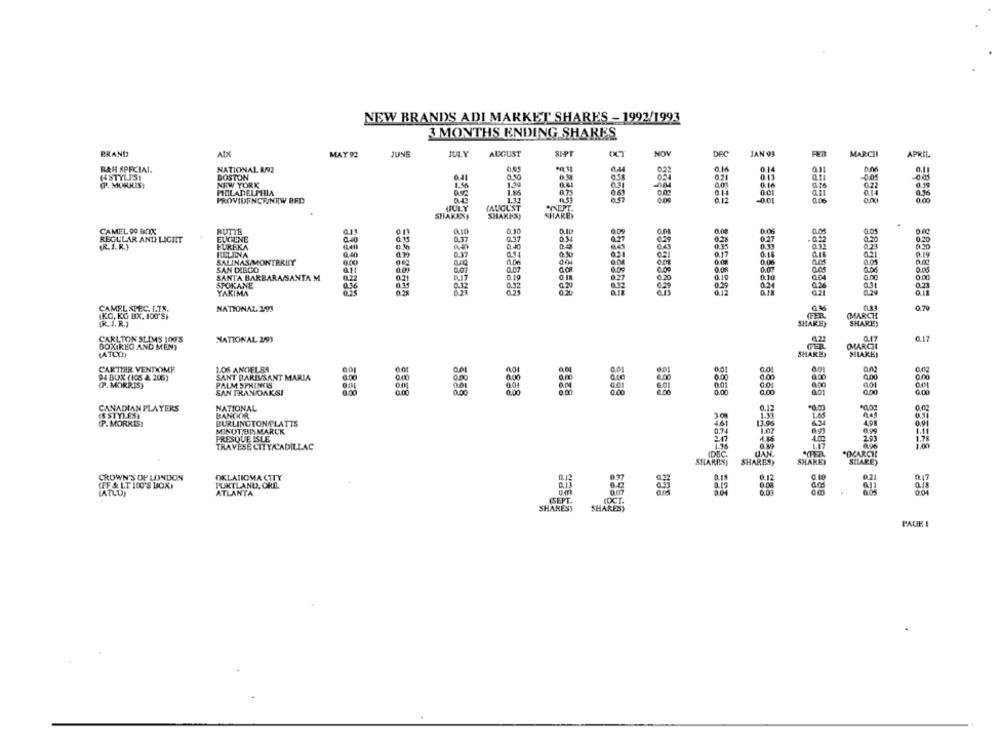
NEW BRANDS ADI MARKET SHARES - 1992/1993
3 MONTHS ENDING SHARES
SIPT
BRAND
MAY 92
JUNE
AUGUST
NOWV
DEC
JAN 93
MARCHI
APRIL
RAH SPECIAL.
NATIONAL AZ
0.22
0.14
0.14
0.11
"STYLIST
DOSTON
(P. MORKIS)
NEW YORK
1.34
at6
PHILADELPHIA
0.75
0.01
ait
PROVIDENCE/NRW RFD
1.32
5 38585
0.12
-0.01
JULY
(AUGUST
SHARKNY
SHAKES)
SHARES
CAMEL 00 BOX
RUTTE
0.10
REGULAR AND LIGHT
EUCHUNE
0.37
034
0.28
0.27
0.20
(R.I. R.)
EUREKA
0.40
RELINA
0.37
0.0
621
0.14
0,19
SALINAS MONTEREY
0.08
0.06
SAN DIEGO
0.07
SANTA BARBARA/SANTA M
0.22
0.19
6.20
0.10
0.10
8.no
SPOKANE
0.21
0.24
YAKIMA
CAMEL SPEC. I.TS.
NATIONAL 2/93
0.79
KG, KG BX, 100'S)
(MARCH
(. J. R.)
SHARE
SHARE)
CARLTON SLIMS 100'S
0.17
BOX RHO AND MENT
NATIONAL 2093
(MARCHI
0.17
(ATLTh)
SHAKE
SILAKE
CARTIER VENDOME
LOS ANGELES
SANT BARIVSANT MARIA
0.00
0.00
94 BOX (105 A 205)
0.00
(P. MORRIS)
PALM SPRINGS
SAN FRANDAKSI
0.0
0.00
4.00
0.00
0,00
CANADIAN PLAYERS
NATIONAL
0.12
ESSTYLES)
BANCHI
30
445
(P. MORKEST
BURLINGTON PLATTS
MINUT BISMARCK
0.7
0.99
201
PRESQUE ISLE
TRAVESE CITY/CADILLAC
(DEC.
"OMARCHE
SHARED
SHARES
SHAREY
SILARES
CROWN'S OF LONDON
OKLAIIOMA CTTY
0.12
0.37
(FF & LT 100'S BOX)
FUKTLAND, CHE.
(ATLD)
ATLANTA
(SEPT.
SHAREST
SHARES,
PAGE !